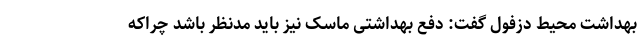
بهداشت محیط دزفول گفت: دفع بهداشتی ماسک نیز باید مدنظر باشد چراکه